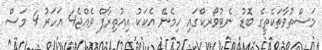
މަސްތުވާތަކެތީގެ ބޮޑު ނެޓުވޯރކްގައި ހިމެނޭ އެކަކު އިއުތިރާފް ވެއްޖެ4 އަހަރު 4 މަސް